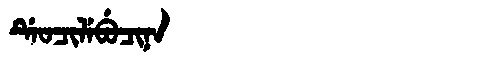
Manchu: ᡩᡝᠣᠴᡳᠯᡝᠪᡠᠴᡳᠨᠠ
Romanization: DEOCILEBUCINA